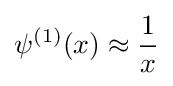
\psi ^{(1)}(x)\approx {\frac {1}{x}}